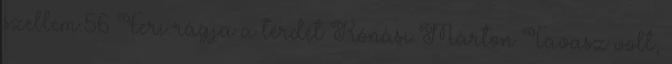
szellem.56 Feri rágja a térdét Rónási Márton Tavasz volt,